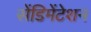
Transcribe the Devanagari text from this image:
सेंडिमेंटेशन